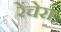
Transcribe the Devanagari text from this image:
रेंचेरा